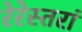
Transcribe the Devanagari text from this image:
रेरेस्तरां